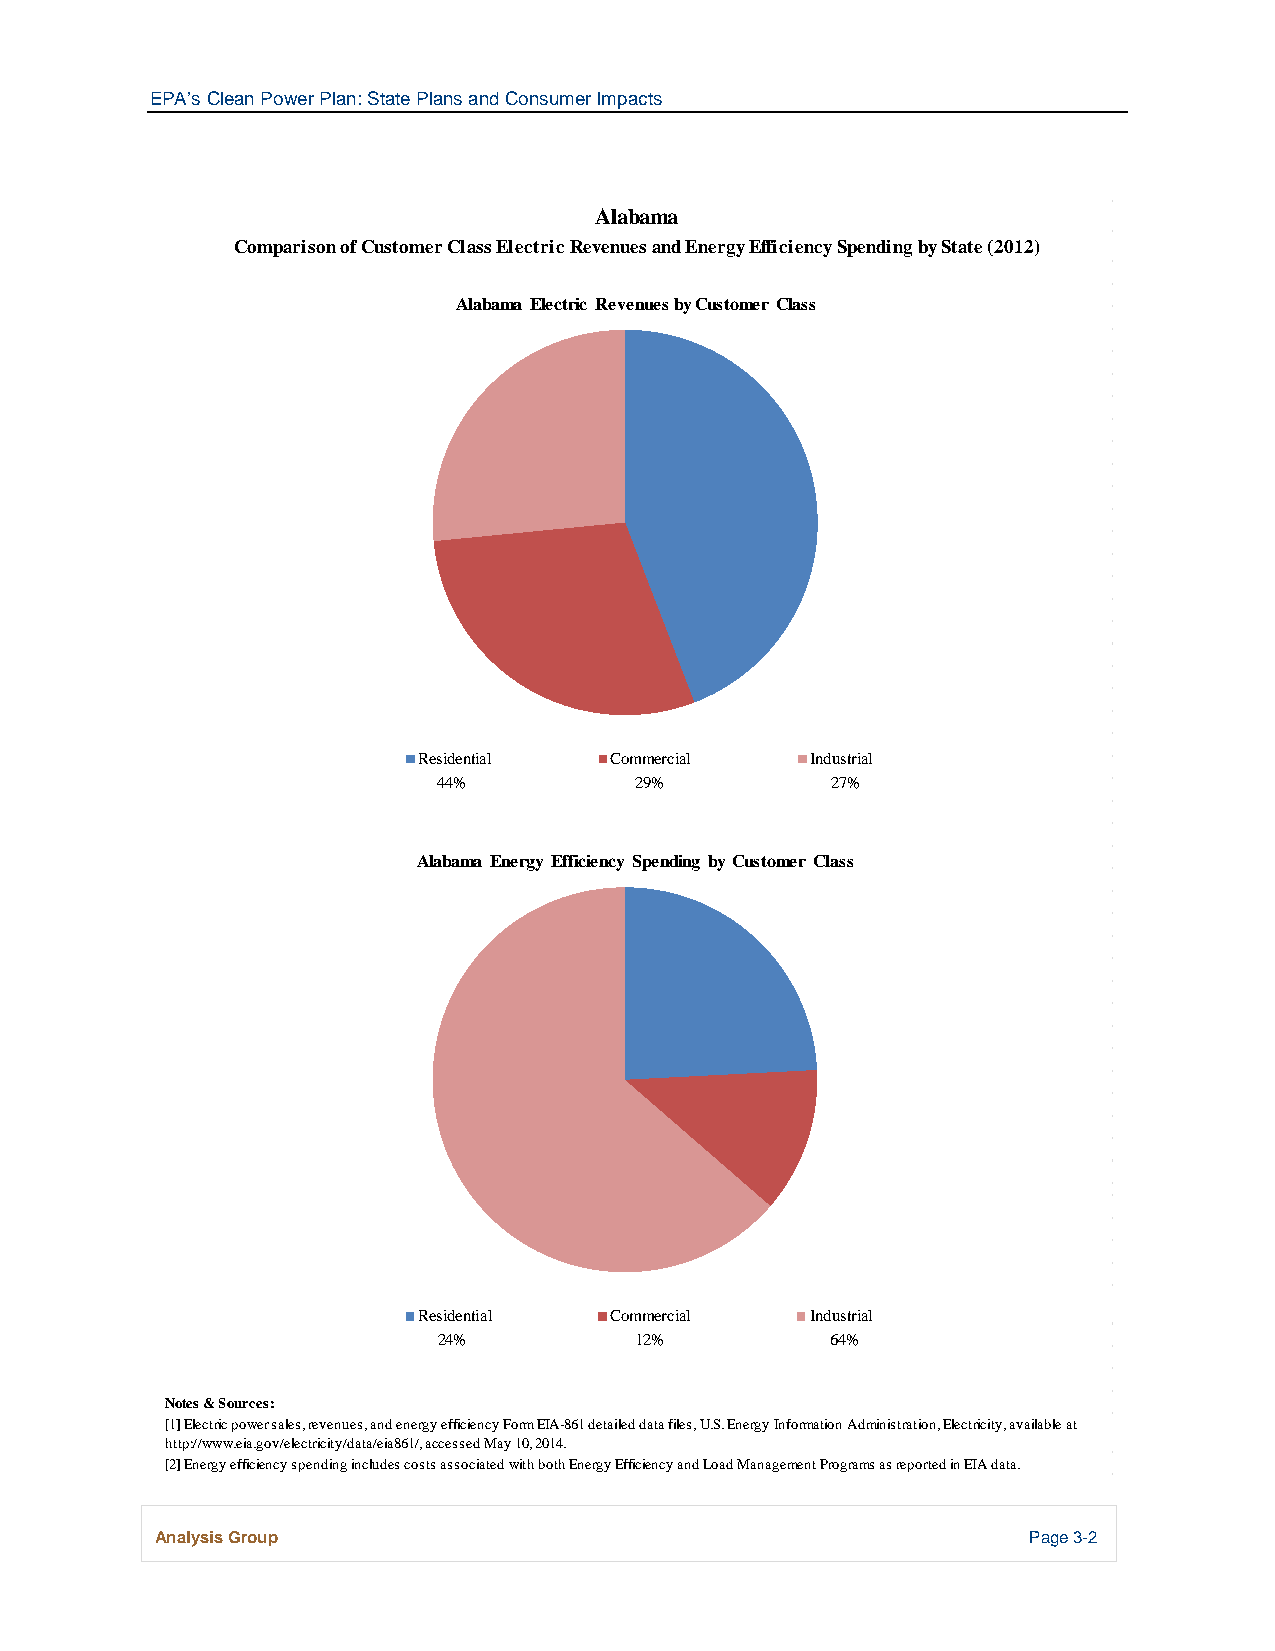
EPA’s Clean Power Plan: State Plans and Consumer Impacts
 Alabama
 Comparison of Customer Class Electric Revenues and Energy Efficiency Spending by State (2012)
 Alabama Electric Revenues by Customer Class
 Residential Commercial    Industrial
 44%          29%          27%
 Alabama Energy Efficiency Spending by Customer Class
 Residential Commercial    Industrial
 24%          12%          64%
 Notes & Sources:
 [1] Electric power sales, revenues, and energy efficiency Form EIA-861 detailed data files, U.S. Energy Information Administration, Electricity, available at
 http://www.eia.gov/electricity/data/eia861/, accessed May 10, 2014.
 [2] Energy efficiency spending includes costs associated with both Energy Efficiency and Load Management Programs as reported in EIA data.
 Analysis Group                                            Page 3-2